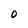
Character: 0